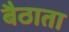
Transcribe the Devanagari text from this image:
बैठाता